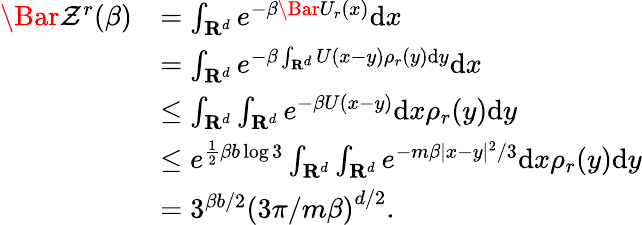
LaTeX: \begin{array}{rl}{\Bar{\mathcal{Z}}^{r}(\beta)}&{=\int_{\mathbf{R}^{d}}e^{-\beta\Bar{U}_{r}\left(x\right)}\mathrm{d}x}\\ &{=\int_{\mathbf{R}^{d}}e^{-\beta\int_{\mathbf{R}^{d}}U(x-y)\rho_{r}(y)\mathrm{d}y}\mathrm{d}x}\\ &{\le\int_{\mathbf{R}^{d}}\int_{\mathbf{R}^{d}}e^{-\beta U(x-y)}\mathrm{d}x\rho_{r}(y)\mathrm{d}y}\\ &{\le e^{\frac{1}{2}\beta b\log 3}\int_{\mathbf{R}^{d}}\int_{\mathbf{R}^{d}}e^{-m\beta|x-y|^{2}/3}\mathrm{d}x\rho_{r}(y)\mathrm{d}y}\\ &{=3^{\beta b/2}\left(3\pi/m\beta\right)^{d/2}.}\end{array}